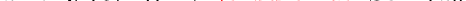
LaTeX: \smash{a\to\sqrt{(3/2)(1+\ensuremath{\mathrm{Sc}}^{-1})}\! \: a_{0}}